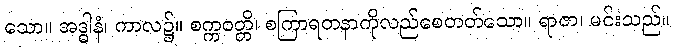
သော။ အဒ္ဓါနံ၊ ကာလ၌။ စက္ကဝတ္တိ၊ စကြာရတနာကိုလည်စေတတ်သော။ ရာဇာ၊ မင်းသည်။